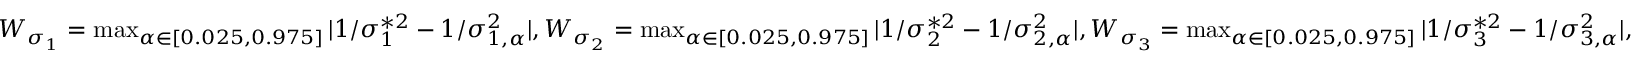
\begin{array} { r } { W _ { \sigma _ { 1 } } = \operatorname* { m a x } _ { \alpha \in [ 0 . 0 2 5 , 0 . 9 7 5 ] } | 1 / \sigma _ { 1 } ^ { * 2 } - 1 / \sigma _ { 1 , \alpha } ^ { 2 } | , W _ { \sigma _ { 2 } } = \operatorname* { m a x } _ { \alpha \in [ 0 . 0 2 5 , 0 . 9 7 5 ] } | 1 / \sigma _ { 2 } ^ { * 2 } - 1 / \sigma _ { 2 , \alpha } ^ { 2 } | , W _ { \sigma _ { 3 } } = \operatorname* { m a x } _ { \alpha \in [ 0 . 0 2 5 , 0 . 9 7 5 ] } | 1 / \sigma _ { 3 } ^ { * 2 } - 1 / \sigma _ { 3 , \alpha } ^ { 2 } | , } \end{array}